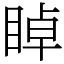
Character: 𥇍